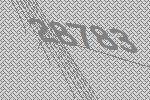
28783